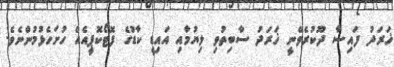
ޚަރަދު ފައިސާ ދޫކުރެވޭނީ ޚަރަދު ސާބިތުވި ލިޔުމާއި އައިޑީ ކާޑުގެ ފޮޓޯކޮޕީއެއް ހުށަހެޅުމުންނެވެ.